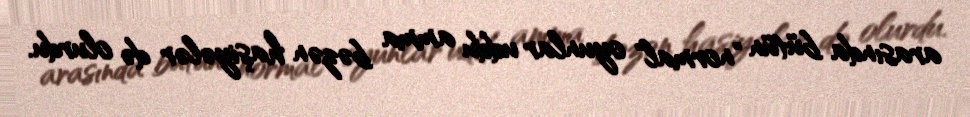
arasında bütün "normal" oyunlar uddu amma bəzən haşiyələr də olurdu.